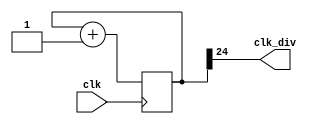
module clock_divider #(parameter n=25)(
    input clk,
    output clk_div
);
    reg [n:0] num = 0;
    wire [n:0] next_num;

    always @(posedge clk) begin
        num = next_num;
    end

    assign next_num = num + 1;
    assign clk_div = num[n-1];

endmodule 

module clock_divider_accur #(parameter goal = 30'd50000000)(
    input clk, 
    output reg clk_div
);
  //  50000000clk, change value
    
    wire [30:0] g;
    reg [30:0] counter = 0;           //0.5 second / times
    initial begin
        clk_div = 0;
    end
    assign g = goal >> 1; 
    always@(posedge clk) begin
        counter = counter + 1;
        if(counter == g) begin
            clk_div = ~clk_div;
            counter = 0;
        end
        else begin end
    end
endmodule